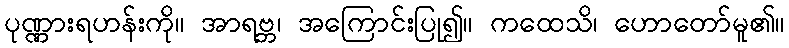
ပုဏ္ဏားရဟန်းကို။ အာရဗ္ဘ၊ အကြောင်းပြု၍။ ကထေသိ၊ ဟောတော်မူ၏။